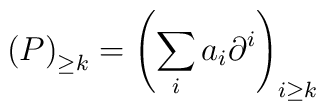
\left(P\right)_{\geq k} = \left(\sum_{i} a_{i}\partial^{i}\right)_{i\geq k}